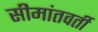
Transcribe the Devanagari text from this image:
सीमांतवर्ती